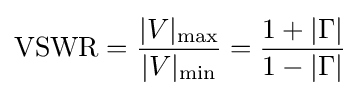
\mathrm {VSWR} ={\frac {|V|_{\rm {max}}}{|V|_{\rm {min}}}}={\frac {1+|\Gamma |}{1-|\Gamma |}}